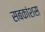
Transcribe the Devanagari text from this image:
सबकांशस